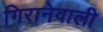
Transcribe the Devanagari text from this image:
गिरानेवाली